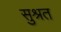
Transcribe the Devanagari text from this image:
सुश्रत